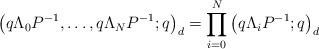
LaTeX: \begin{align*} \left(q\Lambda_0 P^{-1}, \dots,q\Lambda_N P^{-1} ;q \right)_d = \prod_{i=0}^N \left(q\Lambda_i P^{-1} ;q \right)_d \end{align*}